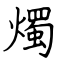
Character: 燭